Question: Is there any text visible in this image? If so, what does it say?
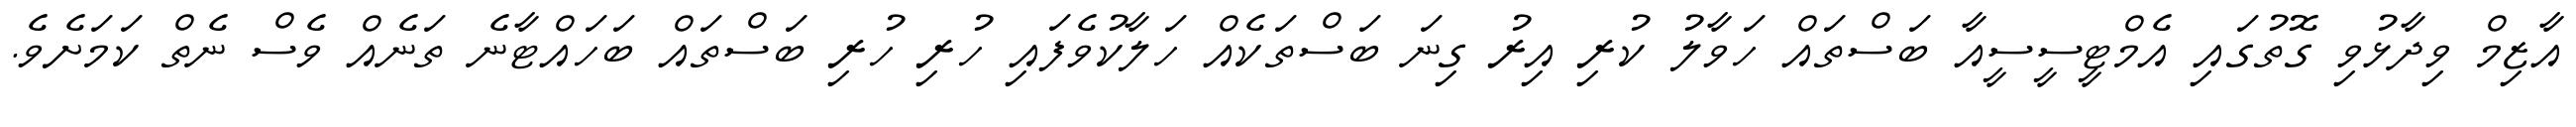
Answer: އާޒިމް ވިދާޅުވި ގޮތުގައި އެމްޓީސީސީއާ ބަސްތައް ހަވާލު ކުރި އިރު ގިނަ ބަސްތަކެއް ހަލާކުވެފައި ހުރި ހުރި ބަސްތައް ބަހައްޓާނެ ތަނެއް ވެސް ނެތް ކަމަށެވެ.